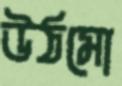
উঠমো